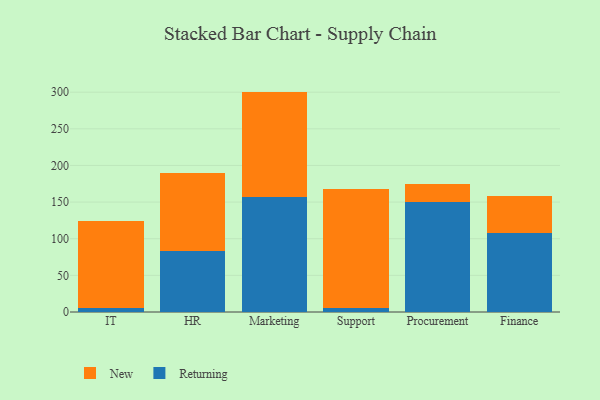
{"axis": {"x": "Department", "y": "Market Share (%)"}, "legend": ["New", "Returning"], "data": [{"x": "IT", "y": 6.0, "type": "Returning"}, {"x": "IT", "y": 118.2, "type": "New"}, {"x": "HR", "y": 83.3, "type": "Returning"}, {"x": "HR", "y": 106.4, "type": "New"}, {"x": "Marketing", "y": 157.2, "type": "Returning"}, {"x": "Marketing", "y": 143.6, "type": "New"}, {"x": "Support", "y": 5.7, "type": "Returning"}, {"x": "Support", "y": 162.0, "type": "New"}, {"x": "Procurement", "y": 150.7, "type": "Returning"}, {"x": "Procurement", "y": 24.4, "type": "New"}, {"x": "Finance", "y": 107.4, "type": "Returning"}, {"x": "Finance", "y": 50.9, "type": "New"}]}